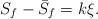
LaTeX: \begin{align*}S_f-\bar{S}_f=k\xi.\end{align*}